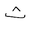
Letter: _tha